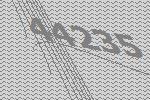
44235